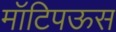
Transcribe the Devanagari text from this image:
मॉटिपऊस